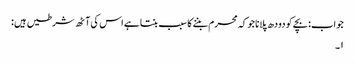
جواب: بچے کو دودھ پلانا جو کہ محرم بننے کا سبب بنتا ہے اس کی آٹھ شرطیں ہیں :
۱۔